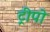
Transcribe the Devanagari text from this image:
ट्रीपो